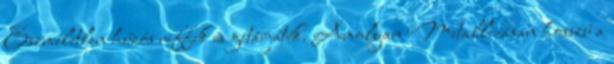
Eszméletlen húzós riffek és gitárjáték. Amolyan Metallicásan hosszú a